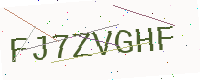
Text: FJ7ZVGHF